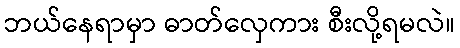
ဘယ်နေရာမှာ ဓာတ်လှေကား စီးလို့ရမလဲ။